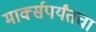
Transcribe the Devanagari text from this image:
मार्क्सपर्यंतचा